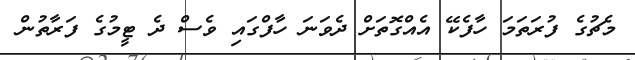
މެޗުގެ ފުރަތަމަ ހާފެކޭ އެއްގޮތަށް ދެވަނަ ހާފްގައި ވެސް ދެ ޓީމުގެ ފަރާތުން